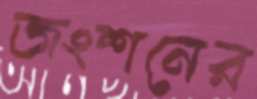
জংশনের